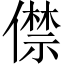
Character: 僸